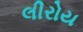
લીરોય